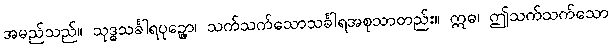
အမည်သည်။ သုဒ္ဓသင်္ခါရပုဉ္ဇော၊ သက်သက်သောသင်္ခါရအစုသာတည်း။ ဣဓ၊ ဤသက်သက်သော